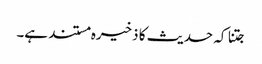
جتنا کہ حدیث کا ذخیرہ مستند ہے۔